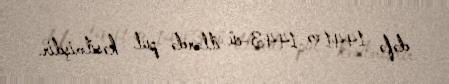
dəfə 1441 və 1443-cü illərdə pul kəsilmişdir.